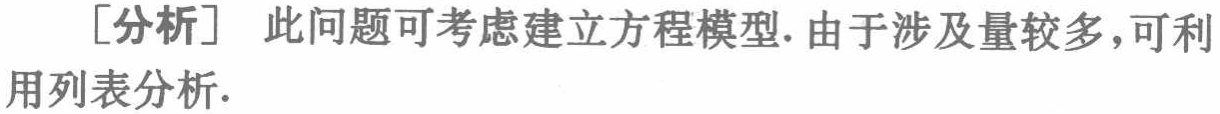
[分析] 此问题可考虑建立方程模型. 由于涉及量较多，可利用列表分析.